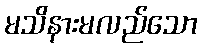
မသိနားမလည်သော